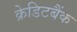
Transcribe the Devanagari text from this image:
क्रेडिटबैंक